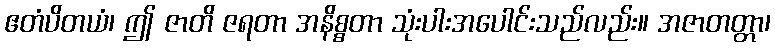
ဧတံပိတယံ၊ ဤ ဇာတိ ဇရတာ အနိစ္စတာ သုံးပါးအပေါင်းသည်လည်း။ အဇာတတ္တာ၊